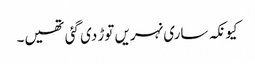
کیونکہ ساری نہریں توڑ دی گئی تھیں۔